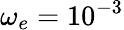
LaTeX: \omega_{e}=10^{-3}